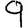
Digit: 9